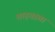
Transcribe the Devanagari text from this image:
शाहतख़्ता